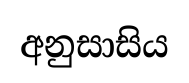
අනුසාසිය